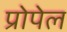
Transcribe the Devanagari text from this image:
प्रोपेल